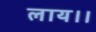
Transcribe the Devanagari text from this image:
लाय।।